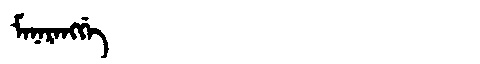
Manchu: ᠮᠠᠨᠠᡵᠠᠩᡤᡝ
Romanization: MANARANGGE